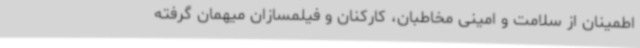
اطمینان از سلامت و امینی مخاطبان، کارکنان و فیلمسازان میهمان گرفته